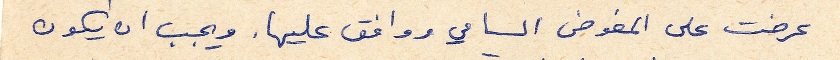
عرضت على المفوض السامي ووافق عليها. ويجب ان يكون